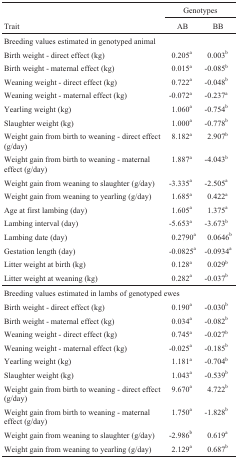
<table><thead><tr><td></td><td colspan="2"><b>Genotypes</b></td></tr><tr><td><b>Trait</b></td><td><b>AB</b></td><td><b>BB</b></td></tr></thead><tbody><tr><td colspan="2">Breeding values estimated in genotyped animal</td><td></td></tr><tr><td>Birth weight - direct effect (kg)</td><td>0.205<sup>a</sup></td><td>0.003<sup>b</sup></td></tr><tr><td>Birth weight - maternal effect (kg)</td><td>0.015<sup>a</sup></td><td>-0.085<sup>b</sup></td></tr><tr><td>Weaning weight - direct effect (kg)</td><td>0.722<sup>a</sup></td><td>-0.048<sup>b</sup></td></tr><tr><td>Weaning weight - maternal effect (kg)</td><td>-0.072<sup>a</sup></td><td>-0.237<sup>a</sup></td></tr><tr><td>Yearling weight (kg)</td><td>1.060<sup>a</sup></td><td>-0.754<sup>b</sup></td></tr><tr><td>Slaughter weight (kg)</td><td>1.000<sup>a</sup></td><td>-0.778<sup>b</sup></td></tr><tr><td>Weight gain from birth to weaning - direct effect (g/day)</td><td>8.182<sup>a</sup></td><td>2.907<sup>b</sup></td></tr><tr><td>Weight gain from birth to weaning - maternaleffect (g/day)</td><td>1.887<sup>a</sup></td><td>-4.043<sup>b</sup></td></tr><tr><td>Weight gain from weaning to slaughter (g/day)</td><td>-3.335<sup>a</sup></td><td>-2.505<sup>a</sup></td></tr><tr><td>Weight gain from weaning to yearling (g/day)</td><td>1.685<sup>a</sup></td><td>0.422<sup>a</sup></td></tr><tr><td>Age at first lambing (day)</td><td>1.605<sup>a</sup></td><td>1.375<sup>a</sup></td></tr><tr><td>Lambing interval (day)</td><td>-5.653<sup>a</sup></td><td>-3.673<sup>b</sup></td></tr><tr><td>Lambing date (day)</td><td>0.2790<sup>a</sup></td><td>0.0646<sup>b</sup></td></tr><tr><td>Gestation length (day)</td><td>-0.0825<sup>a</sup></td><td>-0.0934<sup>a</sup></td></tr><tr><td>Litter weight at birth (kg)</td><td>0.128<sup>a</sup></td><td>0.029<sup>b</sup></td></tr><tr><td>Litter weight at weaning (kg)</td><td>0.282<sup>a</sup></td><td>-0.037<sup>b</sup></td></tr><tr><td colspan="3">Breeding values estimated in lambs of genotyped ewes</td></tr><tr><td>Birth weight - direct effect (kg)</td><td>0.190<sup>a</sup></td><td>-0.030<sup>b</sup></td></tr><tr><td>Birth weight - maternal effect (kg)</td><td>0.034<sup>a</sup></td><td>-0.082<sup>b</sup></td></tr><tr><td>Weaning weight - direct effect (kg)</td><td>0.745<sup>a</sup></td><td>-0.027<sup>b</sup></td></tr><tr><td>Weaning weight - maternal effect (kg)</td><td>-0.025<sup>a</sup></td><td>-0.185<sup>b</sup></td></tr><tr><td>Yearling weight (kg)</td><td>1.181<sup>a</sup></td><td>-0.704<sup>b</sup></td></tr><tr><td>Slaughter weight (kg)</td><td>1.043<sup>a</sup></td><td>-0.539<sup>b</sup></td></tr><tr><td>Weight gain from birth to weaning - direct effect (g/day)</td><td>9.670<sup>a</sup></td><td>4.722<sup>b</sup></td></tr><tr><td>Weight gain from birth to weaning - maternaleffect (g/day)</td><td>1.750<sup>a</sup></td><td>-1.828<sup>b</sup></td></tr><tr><td>Weight gain from weaning to slaughter (g/day)</td><td>-2.986<sup>b</sup></td><td>0.619<sup>a</sup></td></tr><tr><td>Weight gain from weaning to yearling (g/day)</td><td>2.129<sup>a</sup></td><td>0.687<sup>b</sup></td></tr></tbody></table>